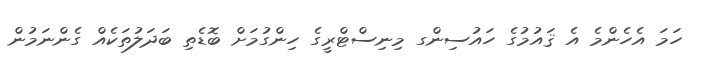
ހަމަ އެހެންމެ އެ ޤައުމުގެ ހައުސިންގ މިނިސްޓްރީގެ ހިންގުމަށް ބޮޑެތި ބަދަލުތަކެއް ގެންނަމުން